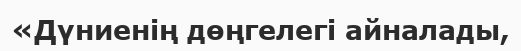
«Дүниенің дөңгелегі айналады,